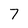
Character: 7